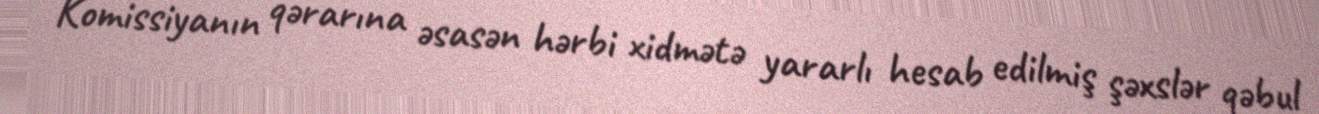
Komissiyanın qərarına əsasən hərbi xidmətə yararlı hesab edilmiş şəxslər qəbul